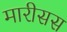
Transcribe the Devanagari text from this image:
मारीसस